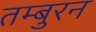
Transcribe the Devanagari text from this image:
तम्बुरन